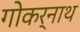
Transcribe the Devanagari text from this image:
गोकर्नाथ